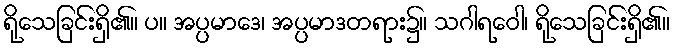
ရိုသေခြင်းရှိ၏။ ပ။ အပ္ပမာဒေ၊ အပ္ပမာဒတရား၌။ သဂါရဝေါ၊ ရိုသေခြင်းရှိ၏။